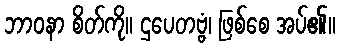
ဘာဝနာ စိတ်ကို။ ဌပေတဗ္ဗံ၊ ဖြစ်စေ အပ်၏။